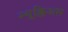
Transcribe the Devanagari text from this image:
न्यूक्लिअस